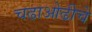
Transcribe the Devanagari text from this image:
चढाओढीचे